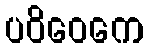
ပဝိဝေကေ